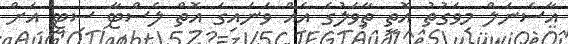
އާސެނަލް މިވަގުތު އޮތީ ތާވަލުގެ އެއް ވަނައިގަ އޮތް ލެސްޓާ ސިޓީ އަށް